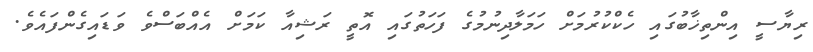
ރިޔާސީ އިންތިޚާބުގައި ހެކްކުރުމަށް ހަމަލާދިނުމުގެ ފަހަތުގައި އޮތީ ރަޝިއާ ކަމަށް އެއްބަސްވެ ވަޑައިގެންފައެވެ.